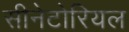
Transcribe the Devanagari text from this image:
सीनेटोरियल